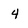
Character: 4